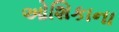
ઓશિકાના